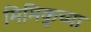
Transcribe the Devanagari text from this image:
मिमिकुच्या